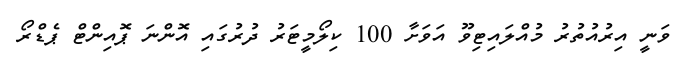
ވަނީ އިރުއުތުރު މުއްލައިޓިވޫ އަވަށާ 100 ކިލޯމީޓަރު ދުރުގައި އޮންނަ ޕޮއިންޓް ޕެޑްރޯ